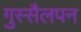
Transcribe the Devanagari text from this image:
गुस्सैलपन